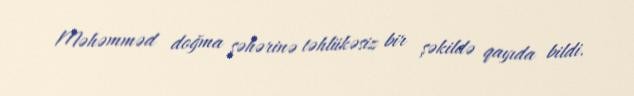
Məhəmməd doğma şəhərinə təhlükəsiz bir şəkildə qayıda bildi.